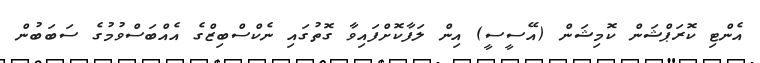
އެންޓި ކޮރަޕްޝަން ކޮމިޝަން (އޭސީސީ) އިން ލަފާކޮށްފައިވާ ގޮތުގައި ނެކްސްބިޒްގެ އެއްބަސްވުމުގެ ސަބަބުން